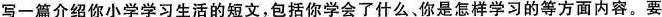
写一篇介绍你小学学习生活的短文,包括你学会了什么、你是怎样学习的等方面内容要